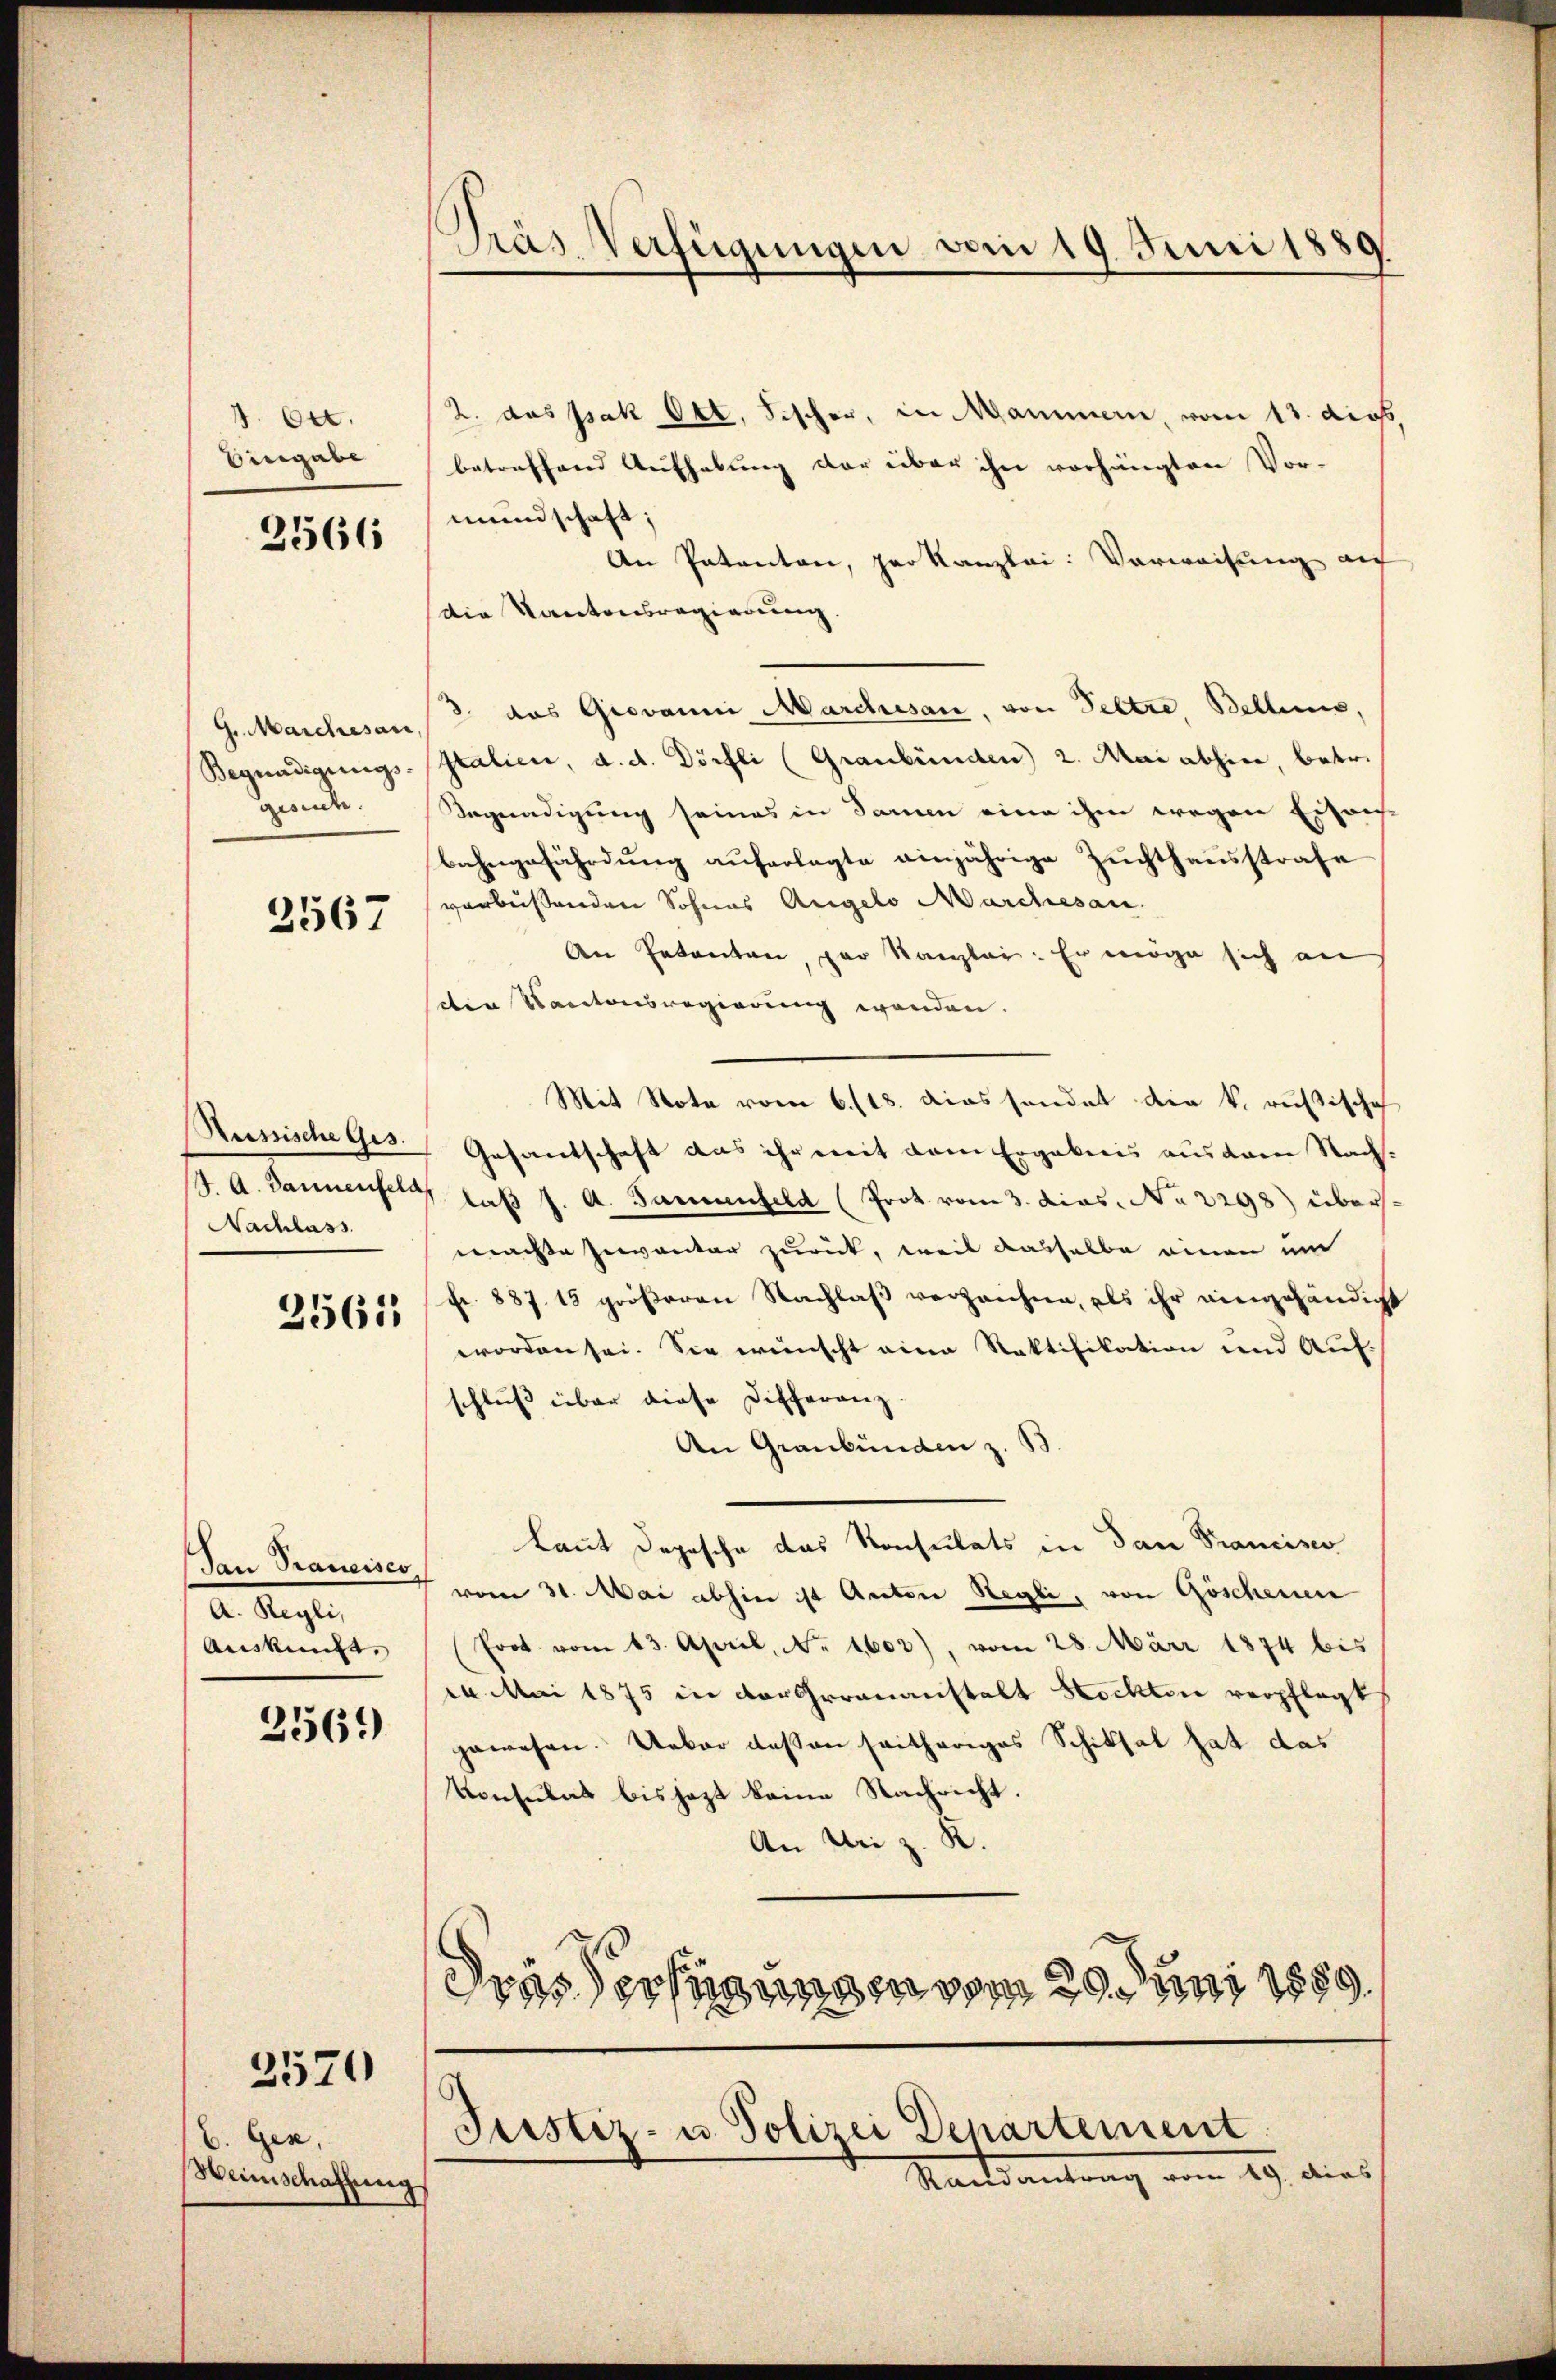
1. Oct.
Eingabe

2566

gesuche.

2567

Nachlass

2561

Tau Trancisco
A. Regli,
Auskunft,

256.)

E. Gese,
Weinschaffung

2570

Gras Verfügungen vom 19. Juni 1889

2. das Jak Okt. Fischer, in Mammern, vom 13. dies.
betreffend Aufhebung der über ihn vorhängten Vor-
mundschaft;
An Patenton, per Kanzlei: Vorweisung auf
die Kantonsregierung.
G. Marches an das Giovanni Marchisan, von Peltre, Bellens,
Begnadigungs-Italien, d. d. Dörfli (Graubünden 2. Mai abhin, betr.
Begnadigung seines in Sammen eine ihm wegen Eigens
bahngefährdung auferlegte einjährige Zuchthausstrafe
verbüssenden Sohnes Angelo Marchesan.
An Petenten, par Kanzlei: Er möge sich an
dten Kantonsregierung wenden.
Mit Note vom 6./18. diessendet die k. russische
Russische Ges. Gesantschaft das ihr mit dem Ergebnis aus dem Nachs¬
14. A. Dannenfeld das J. A. Sammenfeld (Prot vom 3. Das No 2298) übers
machte Inventar zurück, weil dasselbe einen um
Fr. 887. 15 größeren Nachlaß verzeichne, als ihr eingehändigt
worden sei. Sie wünscht eine Ratifikation und Auf-
schluß über diese Differanz
An Graubünden z. B.
Laut Depesche das Konsulats in dan Prancisco
vom 31. Mai abhin ist Autore Regli, von Göschenen
Prot vom 13. April, No. 1603), vom 28. März 1874 bis
2 Mai 1875 in der Grananstalt Hechten verpflegt
gewesen. Ueber dessen seitheriges Schiksal hat das
Konsulat bis jezt keine Nachricht.
An Uri z. R.
Fristerfügungen vom 29. Juni 1859.
Justiz- u. Polizei Departement
Staatsantrag vom 29. dies
¬